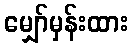
မျှော်မှန်းထား